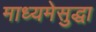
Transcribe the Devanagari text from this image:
माध्यमेसुद्धा